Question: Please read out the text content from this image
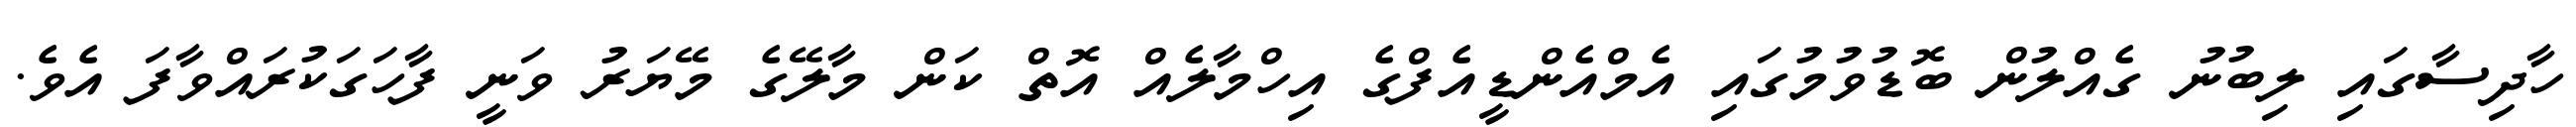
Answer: ހާދިސާގައި ލިބުނު ގެއްލުން ބޮޑުވުމުގައި އެމްއެންޑީއެފްގެ އިހްމާލެއް އޮތް ކަން މާލޭގެ މޭޔަރު ވަނީ ފާހަގަކުރައްވާފަ އެވެ.